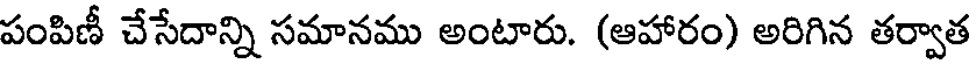
పంపిణీ చేసేదాన్ని సమానము అంటారు. (ఆహారం) అరిగిన తర్వాత